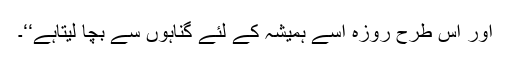
اور اس طرح روزہ اسے ہمیشہ کے لئے گناہوں سے بچا لیتاہے‘‘۔